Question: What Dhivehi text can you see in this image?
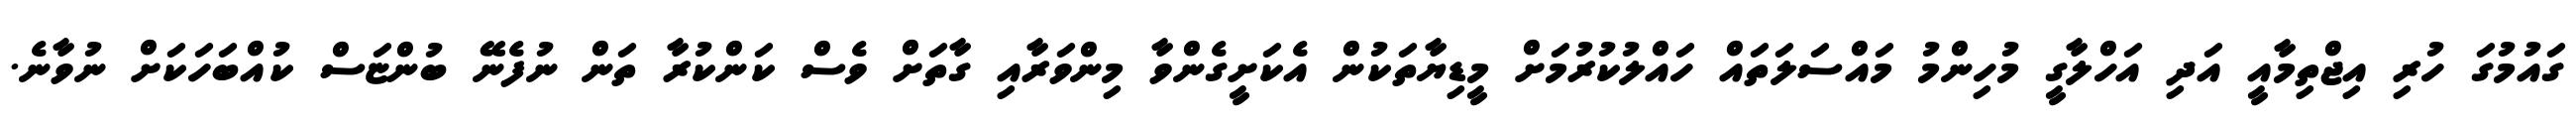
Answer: ގައުމުގަ ހުރި އިޖްތިމާއީ އަދި އަހްލާގީ މުހިންމު މައްސަލަތައް ހައްލުކުރުމަށް މީޑިޔާތަކުން އެކަށީގެންވާ މިންވަރާއި ގާތަށް ވެސް ކަންކުރާ ތަން ނުފެނޭ ބުންޏަސް ކުއްބަހަކަށް ނުވާނެ.